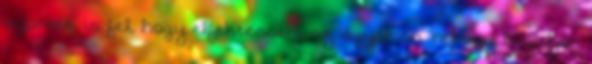
ugornék is fel, hogy elfektessem az ágyamon, nehogy leájuljon